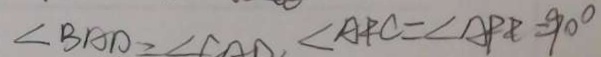
\angle B A D = \angle C O D = \angle A F C = \angle A P E = 9 0 ^ { \circ }